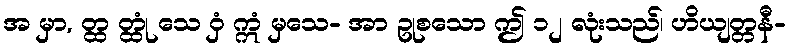
အ မှာ, တ္ထ တ္ထုံ သေ ဝှံ ဣံ မှသေ- အာ ဥုစသော ဤ ၁၂ လုံးသည်၊ ဟိယျတ္တနီ-